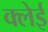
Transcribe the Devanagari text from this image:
क्लेई